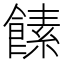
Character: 𩝥